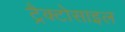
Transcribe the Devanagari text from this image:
ट्रैक्टोसाइल